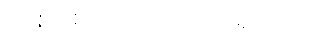
တစ်ငုံစာလောက်သာရှိတယ်။